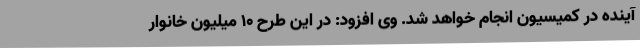
آینده در کمیسیون انجام خواهد شد. وی افزود: در این طرح 10 میلیون خانوار